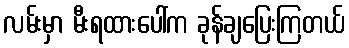
လမ်းမှာ မီးရထားပေါ်က ခုန်ချပြေးကြတယ်